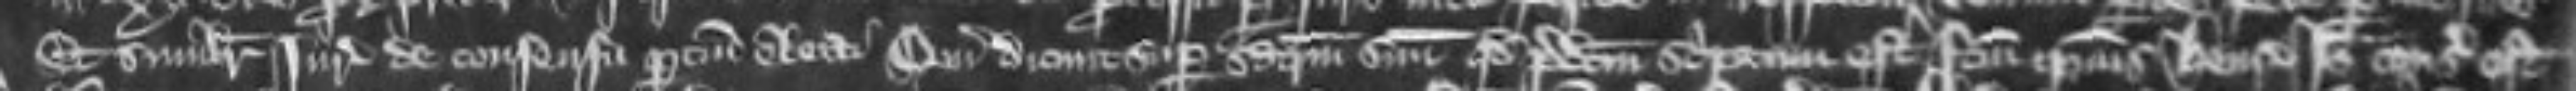
Et similiter juratores de consensu partum electi qui dicunt super sacramentum suum quod predictum scriptum est factum ipsius Henrici Ideo consideratum est